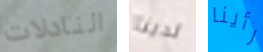
النادلات لدينا رأينا